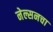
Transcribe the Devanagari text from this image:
नेल्सनचा